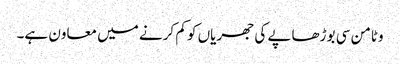
وٹامن سی بوڑھاپے کی جھریاں کو کم کرنے میں معاون ہے۔